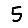
Digit: 5